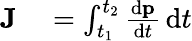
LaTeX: \begin{array}{rl}{\mathbf{J}}&{{}=\int_{t_{1}}^{t_{2}}{\frac{\mathrm{d}\mathbf{p}}{\mathrm{d}t}}\, \mathrm{d}t}\end{array}